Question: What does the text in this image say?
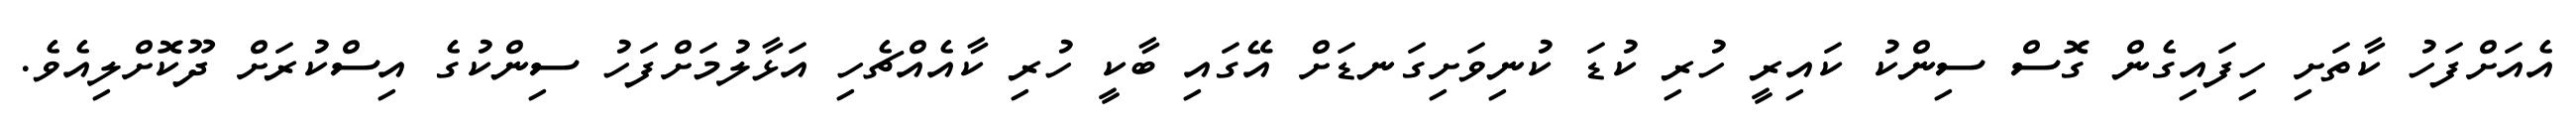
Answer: އެއަށްފަހު ކާތަށި ހިފައިގެން ގޮސް ސިންކު ކައިރީ ހުރި ކުޑަ ކުނިވަށިގަނޑަށް އޭގައި ބާކީ ހުރި ކާއެއްޗެހި އަޅާލުމަށްފަހު ސިންކުގެ އިސްކުރަށް ދޫކޮށްލިއެވެ.